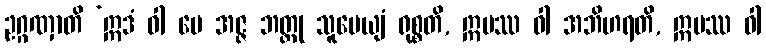
ဥဂ္ဂဏှာတိ ‘ဣဒံ ဝါ မေ အဇ္ဇ ဘတ္တု သူပေယျံ ရုစ္စတိ, ဣမဿ ဝါ အဘိဟရတိ, ဣမဿ ဝါ